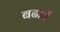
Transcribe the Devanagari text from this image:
बढायें